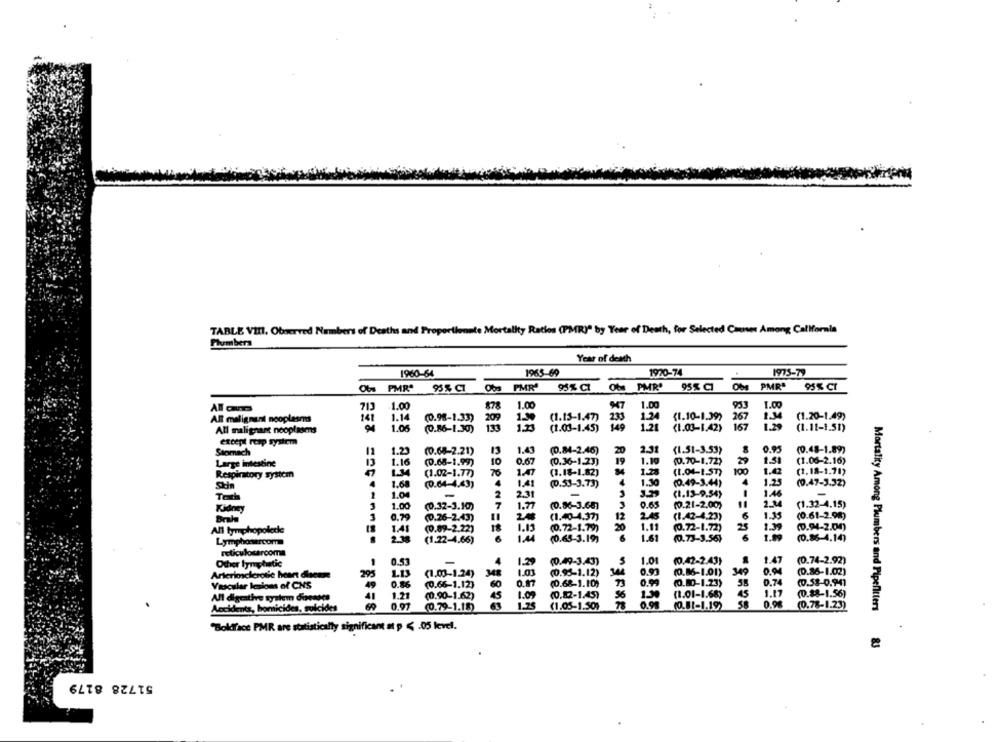
TABLE VIII. Observed Numbers of Deaths and Proportionnte Mortality Ratios (PMR)" by Year of Death, for Selected Causes Among California
Plumbers
Year of death
1965-69
1970-74
1975-79
1960-64
Obs PMR'
Obs PMR"
Obs PMR"
95 % CI
Obs PMR'
95% CI
95% CI
95 % CT
All auna
713
1.00
878
1.00
1.00
953
1.00
1.14
209
1.30
1.24
(1.10-1.39)
(1.20-1.49)
AR malignant nooplasms
141
(0.98-1.33)
(1.13-1.47)
233
267
134
All malignant nooplasms
1.05
(0.86-1.30)
133
1.23
(1.03-1.45)
149
1.21
(1.03-1.42)
167
1.29
(1.11-1.51)
except resp system
Stomach
11
1.23
(0.68-2.21)
13
1.43
(0.84-2.46)
20
2.31
(1.51-3.53)
0.95
(0.48-1.89)
13
1.16
10
0.67
(0.36-1.23)
19
1.10
(0.70-1.72)
1.51
(1.06-2.16)
Large intestine
(0.68-1.99)
Respiratory system
(1.02-1.77)
76
1.47
(1.18-1.82)
1.28
(1.04-1.57)
100
1.42
(1.18-1.71)
1.68
1.41
(0.53-3.73)
1.30
(0.49-3.44)
4
1.25
(0.47-3.32)
(0.64-4.43)
Tech
1.0
-
2
2.31
(1.13-9.54)
3
1.00
(0.32-3.10)
7
1.77
(0.86-3.68)
0.65
(0.21-2.00)
2.34
(1.32-4,15)
Kidney
Brala
3
0.79
(0.26-2.43)
(1.40-4.37]
12
2.45
(1.42-4.23)
6
1.35
(0.61-2.98)
1.41
18
1.13
(0.72-1.79)
20
1.1
(0.72-1.72)
25
1.39
(0.94-2.00)
All tymphopolede
(0.89-2.22)
Lymphosercom
2.18
(1.22-4.66)
6
1.44
(0.65-3.19)
1.61
(0.73-3.56}
1.99
(0.86-4.14)
reticulosarcoma
Other lymphatic
0.53
-
4
1.29
(0.49-3.43)
1.01
(0,42-2.43}
1.47
(0.74-2.92)
295
LU3
348
1.03
(0.95-1.12)
(0.86-1.01)
0.04
(0.86-1.02)
Arteriosclerotie heart dlaemre
(1.00-1.24)
Vascular lesions of CNS
49
(0.66-1.12)
60
0.87
(0.68-1.10)
0.99
(0.80-1.23)
0.74
(0.58-0.941
1.21
1.09
(0.82-1.45)
(1.01-1.68)
45
1.17
(0.88-1.56)
All digestive system diensts
41
(0.90-1.62)
45
Accidents, homicides, suicides
0.07
(0.79-1.18)
63
1.25
(1.05-1.50%
(0.81-1.19)
58
(0.78-1.23)
Mortality Among Plumbers and Pipelitters
"Boldface PMR are statistically significant at p < . 05 level.
51728 8179